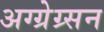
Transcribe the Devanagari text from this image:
अग्ग्रेग्र्सन